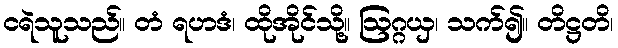
ငရဲသူသည်။ တံ ရဟဒံ၊ ထိုအိုင်သို့။ ဩဂ္ဂယှ၊ သက်၍။ တိဋ္ဌတိ၊